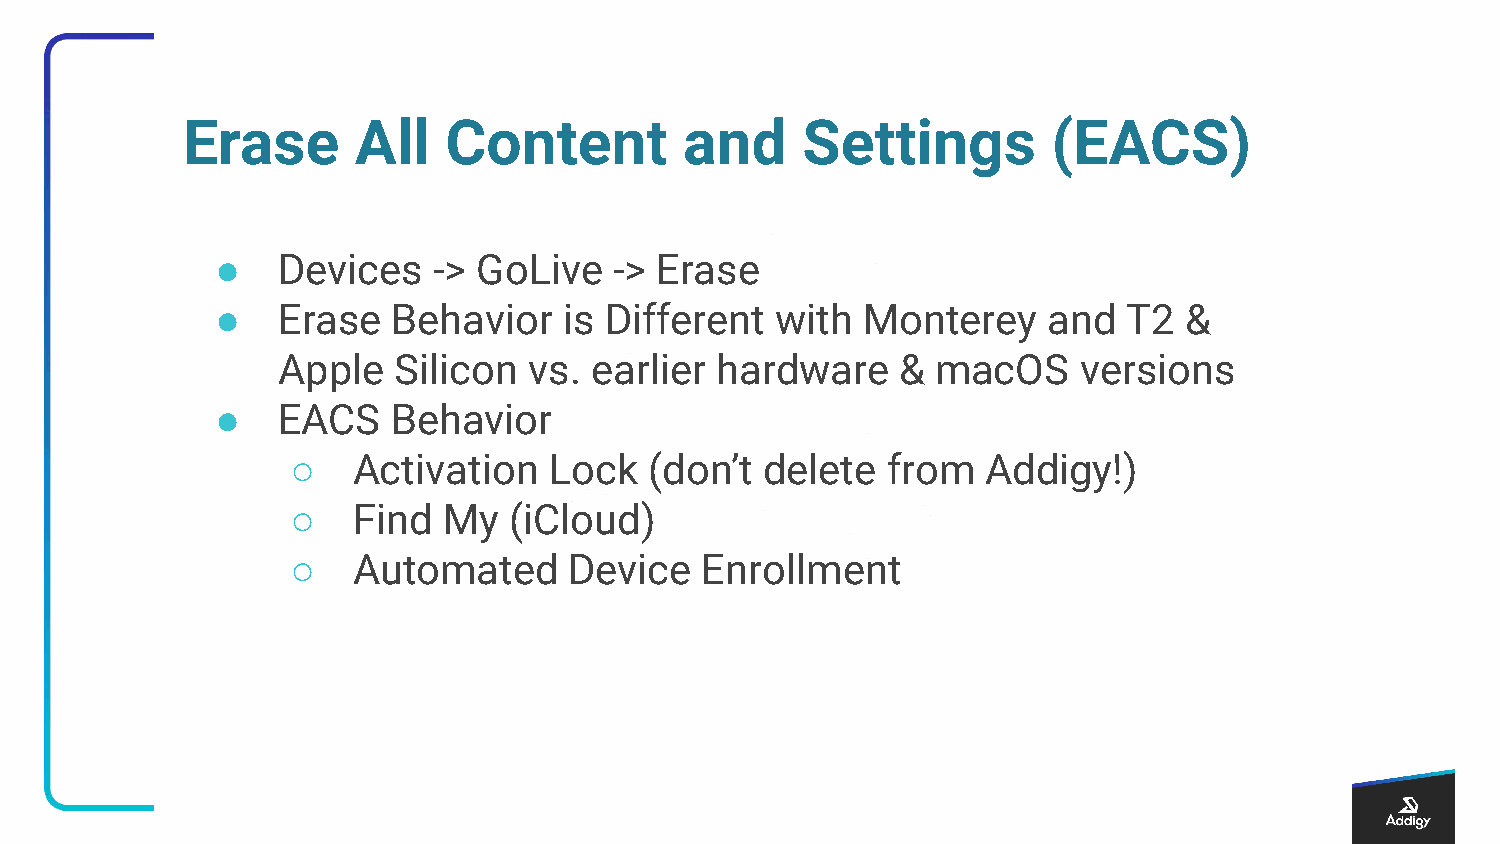
Erase      All   Content         and     Settings         (EACS)
 ●   Devices    -> GoLive   -> Erase
 ●   Erase   Behavior   is Different  with  Monterey    and   T2 &
 Apple   Silicon  vs. earlier hardware     & macOS    versions
 ●   EACS    Behavior
 ○   Activation   Lock   (don’t  delete  from  Addigy!)
 ○   Find  My   (iCloud)
 ○   Automated      Device  Enrollment